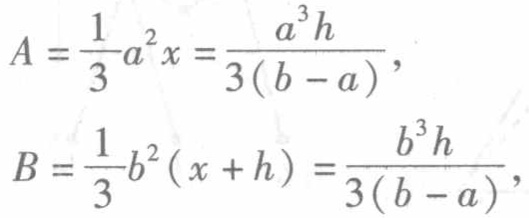
\[
\begin{align*}
A&=\frac{1}{3}a^{2}x=\frac{a^{3}h}{3(b - a)},\\
B&=\frac{1}{3}b^{2}(x + h)=\frac{b^{3}h}{3(b - a)},
\end{align*}
\]